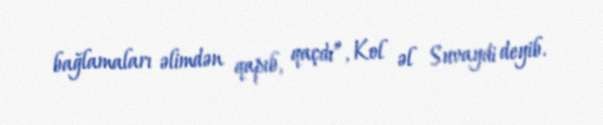
bağlamaları əlimdən qapıb, qaçdı”, Kol əl Suvaydi deyib.